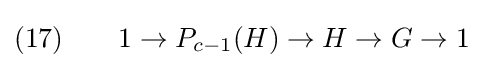
(17)\qquad 1\to P_{c-1}(H)\to H\to G\to 1